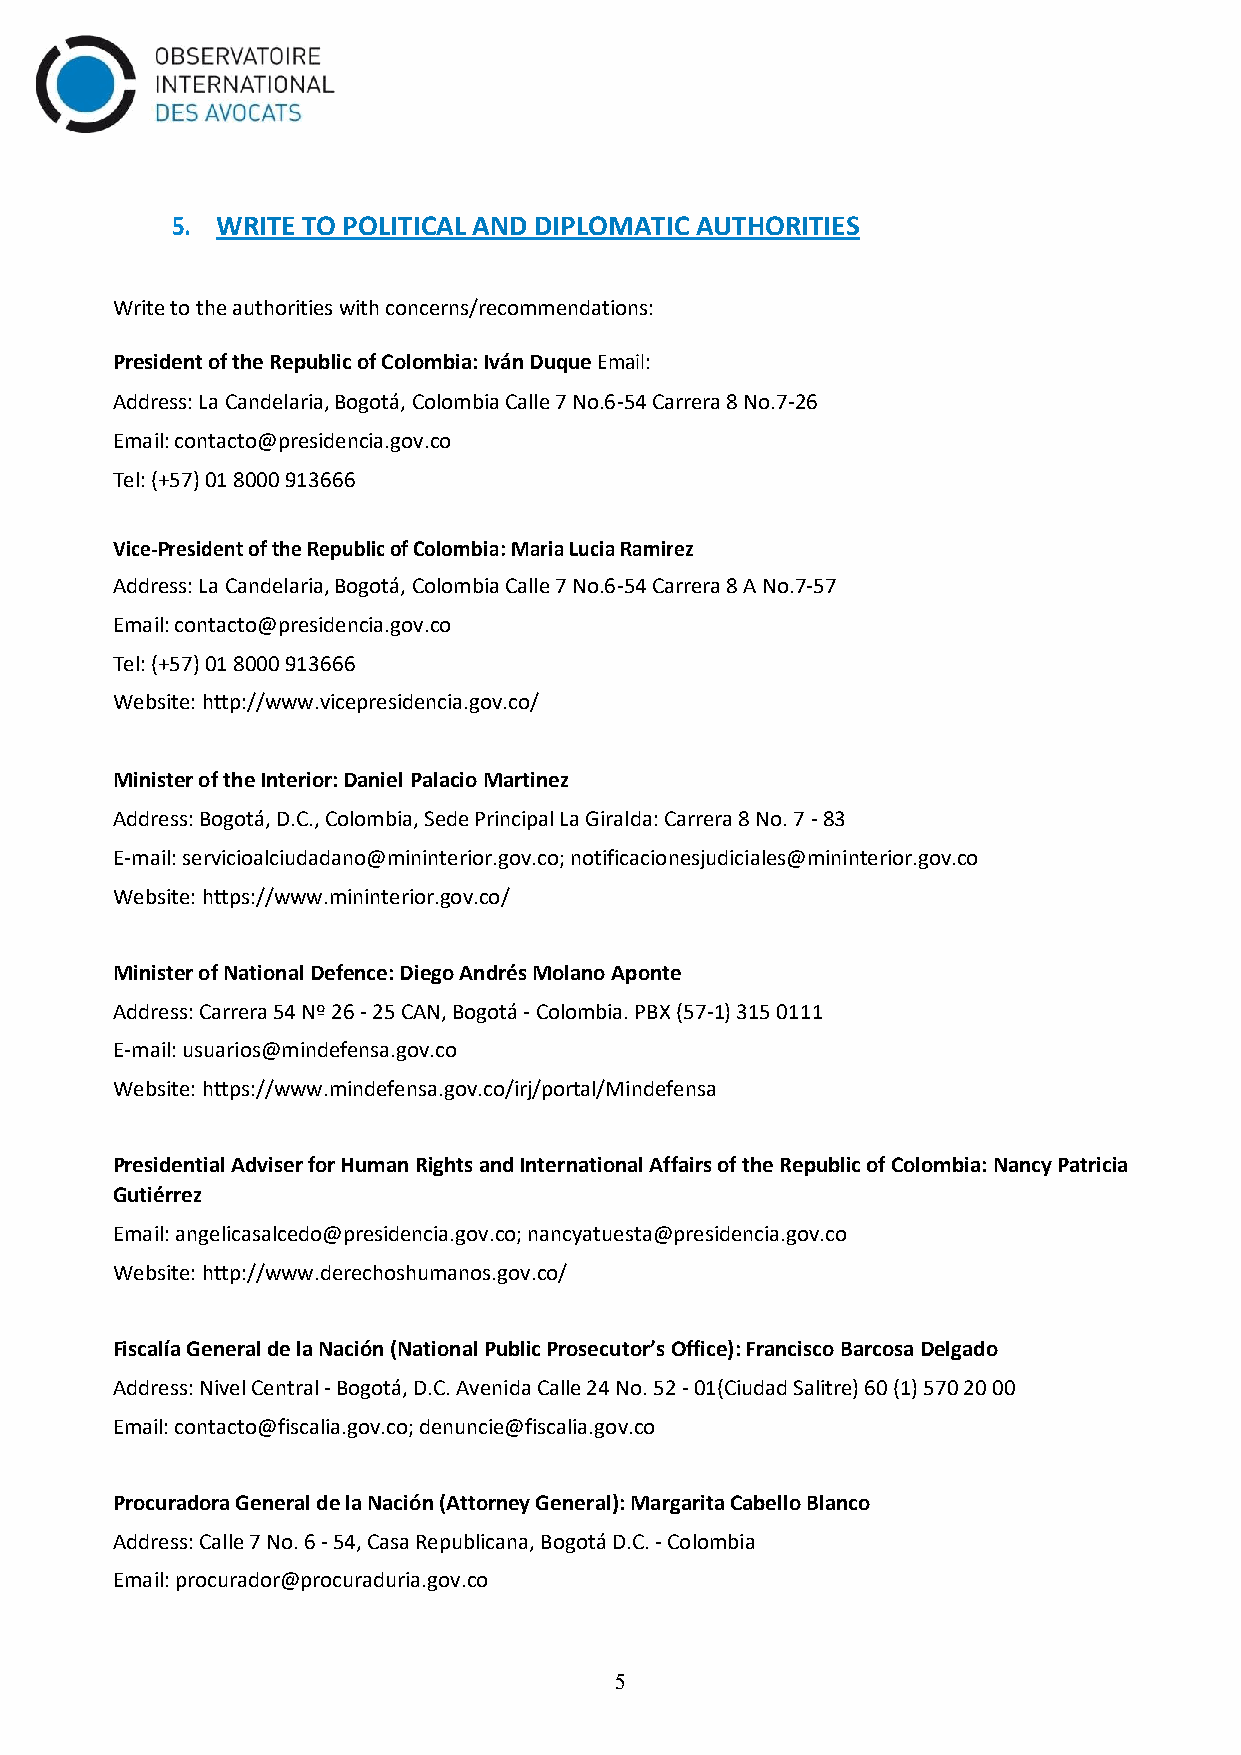
5. WRITE TO POLITICAL AND DIPLOMATIC AUTHORITIES
 Write to the authorities with concerns/recommendations:
 President of the Republic of Colombia: Iván Duque Email:
 Address: La Candelaria, Bogotá, Colombia Calle 7 No.6-54 Carrera 8 No.7-26
 Email: contacto@presidencia.gov.co
 Tel: (+57) 01 8000 913666
 Vice-President of the Republic of Colombia: Maria Lucia Ramirez
 Address: La Candelaria, Bogotá, Colombia Calle 7 No.6-54 Carrera 8 A No.7-57
 Email: contacto@presidencia.gov.co
 Tel: (+57) 01 8000 913666
 Website: http://www.vicepresidencia.gov.co/
 Minister of the Interior: Daniel Palacio Martinez
 Address: Bogotá, D.C., Colombia, Sede Principal La Giralda: Carrera 8 No. 7 - 83
 E-mail: servicioalciudadano@mininterior.gov.co; notificacionesjudiciales@mininterior.gov.co
 Website: https://www.mininterior.gov.co/
 Minister of National Defence: Diego Andrés Molano Aponte
 Address: Carrera 54 Nº 26 - 25 CAN, Bogotá - Colombia. PBX (57-1) 315 0111
 E-mail: usuarios@mindefensa.gov.co
 Website: https://www.mindefensa.gov.co/irj/portal/Mindefensa
 Presidential Adviser for Human Rights and International Affairs of the Republic of Colombia: Nancy Patricia
 Gutiérrez
 Email: angelicasalcedo@presidencia.gov.co; nancyatuesta@presidencia.gov.co
 Website: http://www.derechoshumanos.gov.co/
 Fiscalía General de la Nación (National Public Prosecutor’s Office): Francisco Barcosa Delgado
 Address: Nivel Central - Bogotá, D.C. Avenida Calle 24 No. 52 - 01(Ciudad Salitre) 60 (1) 570 20 00
 Email: contacto@fiscalia.gov.co; denuncie@fiscalia.gov.co
 Procuradora General de la Nación (Attorney General): Margarita Cabello Blanco
 Address: Calle 7 No. 6 - 54, Casa Republicana, Bogotá D.C. - Colombia
 Email: procurador@procuraduria.gov.co
 5